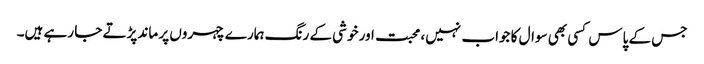
جس کے پاس کسی بھی سوال کا جواب نہیں، محبت اور خوشی کے رنگ ہمارے چہروں پر ماند پڑتے جا رہے ہیں۔